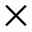
\times